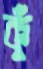
কুঁ